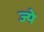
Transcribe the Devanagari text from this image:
ज्ये